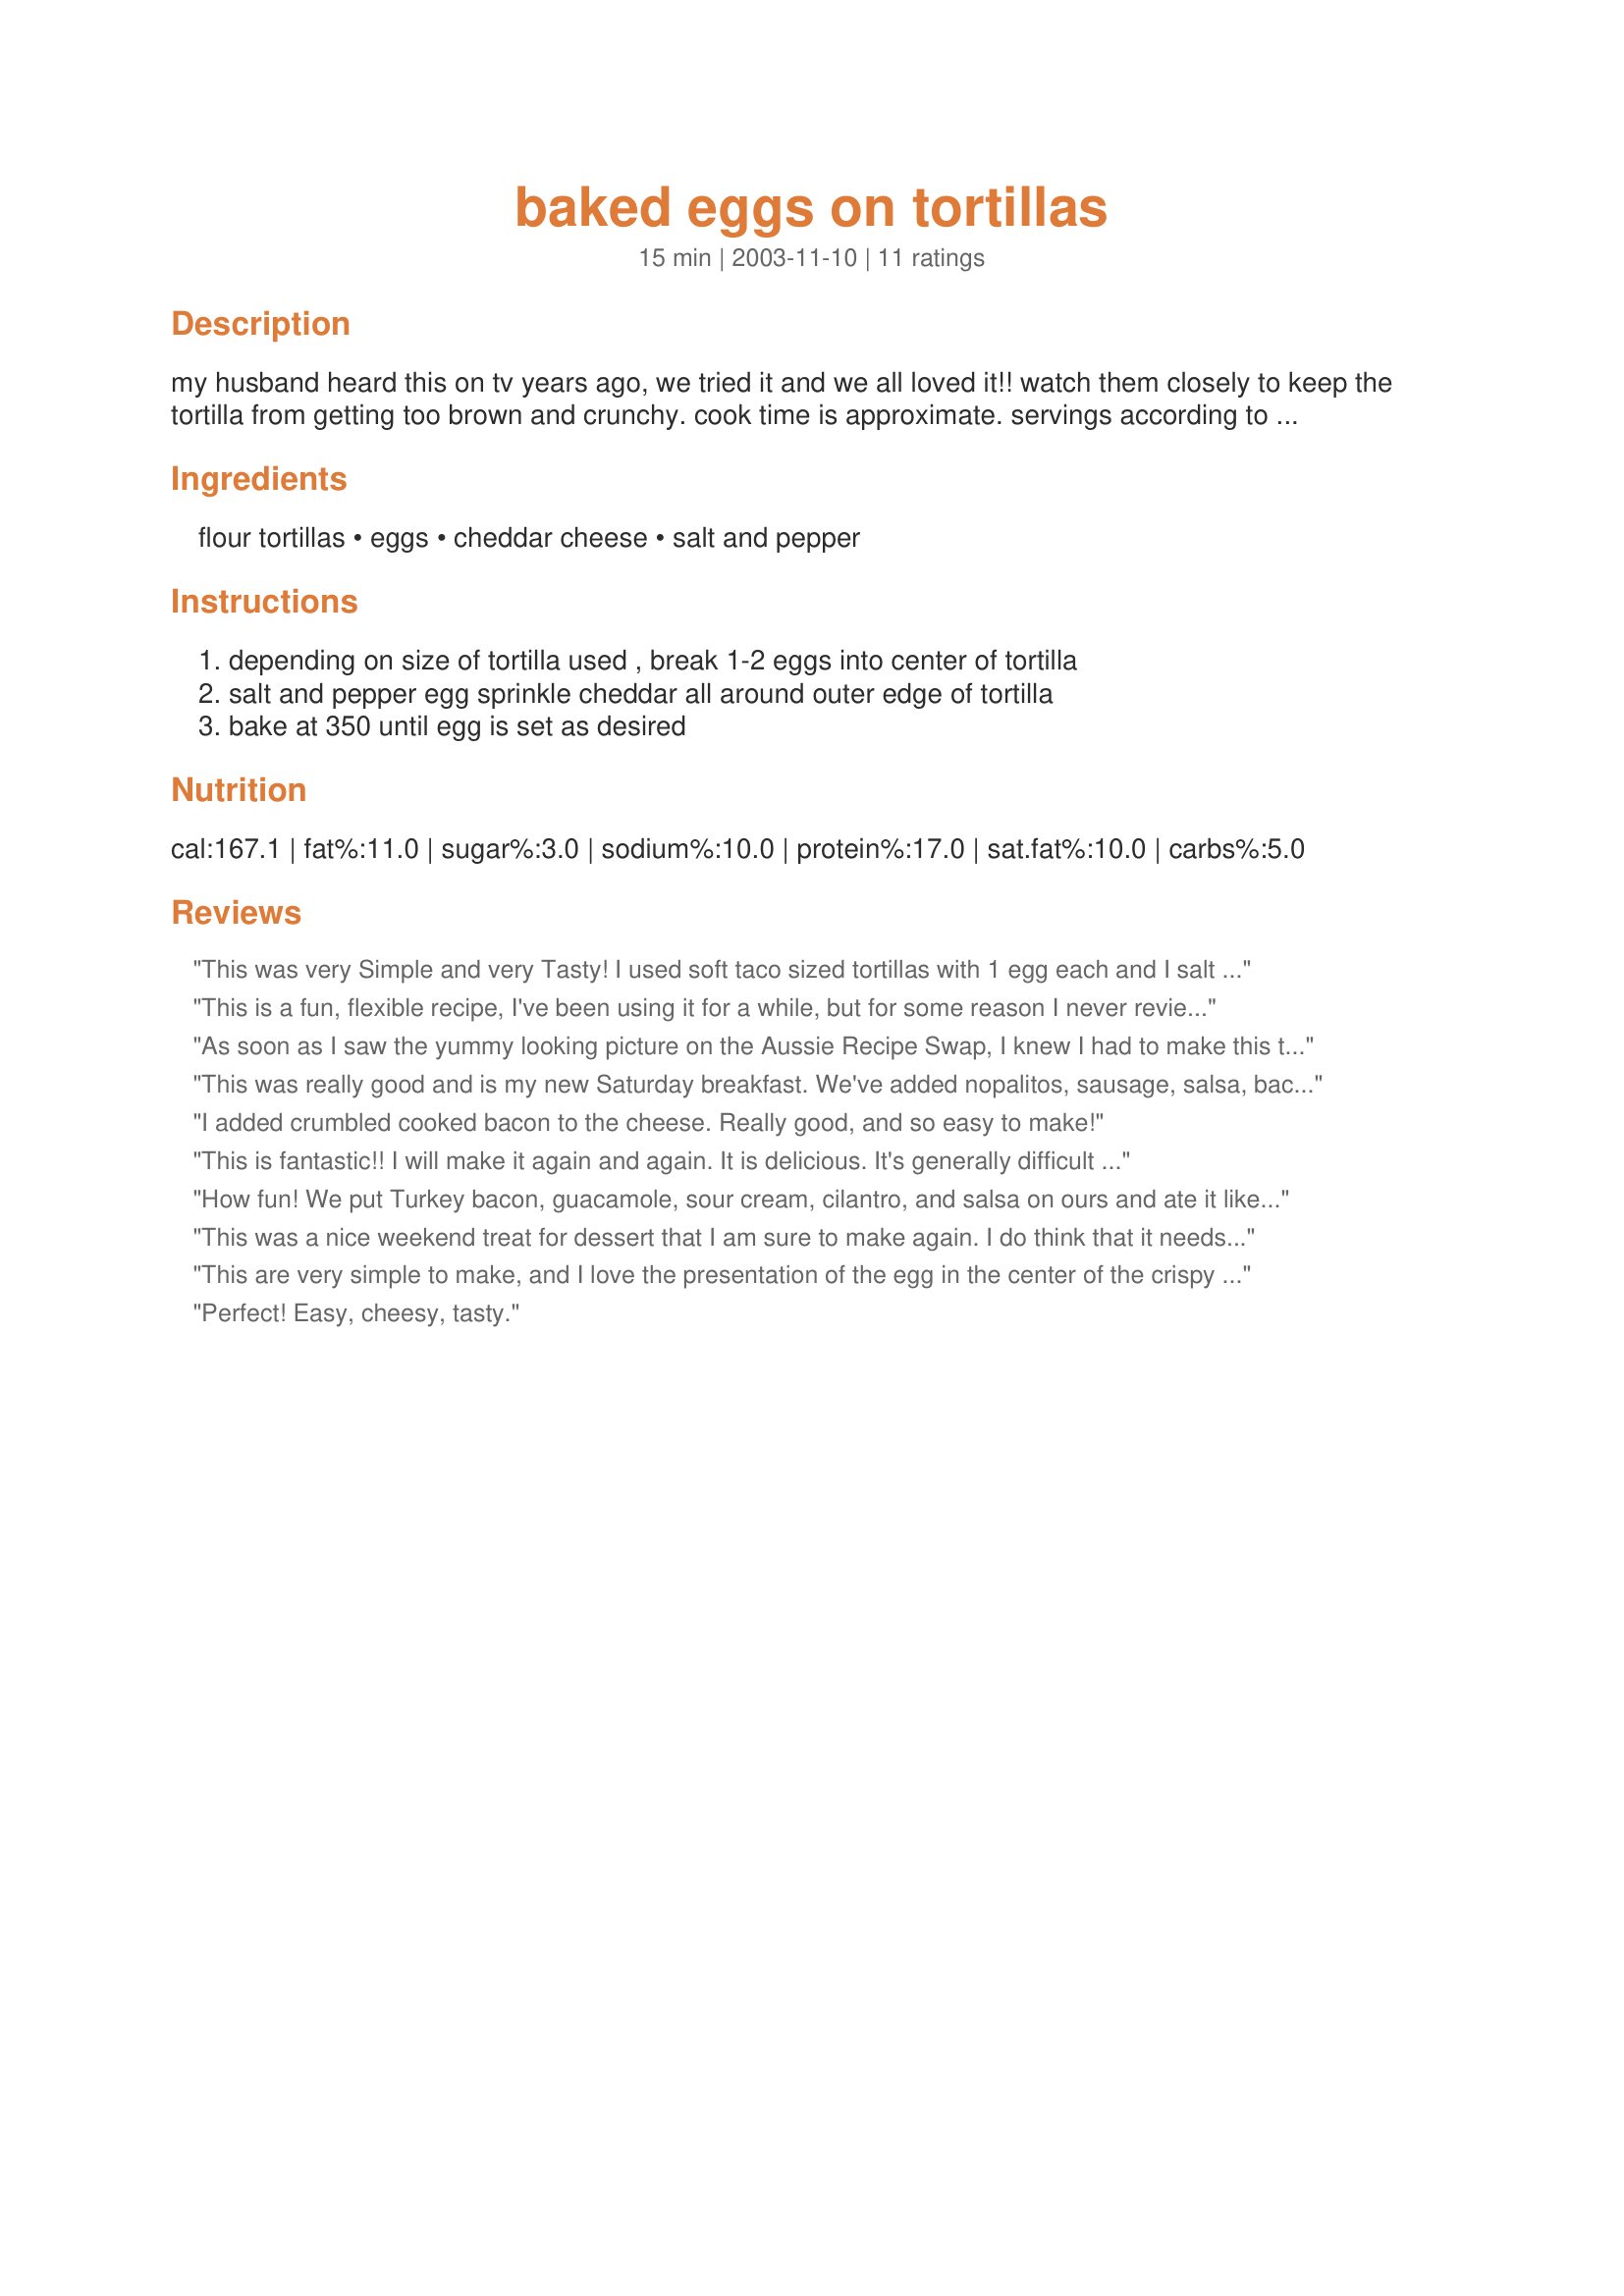
baked eggs on tortillas
Preparation time: 15 minutes

my husband heard this on tv years ago, we tried it and we all loved it!! watch them closely to keep the tortilla from getting too brown and crunchy. cook time is approximate. servings according to what you need

Ingredients:
flour tortillas, eggs, cheddar cheese, salt and pepper

Steps:
depending on size of tortilla used , break 1-2 eggs into center of tortilla, salt and pepper egg sprinkle cheddar all around outer edge of tortilla, bake at 350 until egg is set as desired

Reviews:
This was very Simple and very Tasty! I used soft taco sized tortillas with 1 egg each and I salt and peppered the eggs. I really really enjoyed this easy breakfast! Made for Random draw tag.
This is a fun, flexible recipe, I've been using it for a while, but for some reason I never reviewed it. I put salt, pepper, and a little fresh dill over the eggs before baking. I like to use whole wheat tortillas, and serve the baked eggs with salsa.
As soon as I saw the yummy looking picture on the Aussie Recipe Swap, I knew I had to make this today! It was so easy and incredibly tasty, that I knew it would be a regular weekend breakfast. I added co-jack cheese and real bacon bits, but I know that mushrooms, peppers, onions and anything else you'd put in an omelette would be great too. I baked mine for 11 minutes in a convection oven and it was the pefect soft-boiled type egg consistency. Thanks for sharing Earnhardt!
This was really good and is my new Saturday breakfast. We've added nopalitos, sausage, salsa, bacon or anything we have on hand that sounds good... It's great, thanks for sharing.
I added crumbled cooked bacon to the cheese. Really good, and so easy to make!
This is fantastic!! I will make it again and again. It is delicious. It's generally difficult to satisfy my craving for crunch--with eggs. But this is 100% satisfying. I did add (already cooked) torn bacon sprinkled over the eggs and toward the end, added minced chives and parsley. Terrific.
How fun! We put Turkey bacon, guacamole, sour cream, cilantro, and salsa on ours and ate it like a taco. It was awesome!!!! We cut up the turkey bacon right out of the package and it cooked on top right along with the egg. So easy! Thanks for a great weekend breakfast! UPDATE: 1/31/09 We have used this recipe often. I submitted another photo, this time using leftover Nacho fixings including taco meat. We love that you can put anything on these eggs and they come out so yummy! Thanks again for a great recipe.
This was a nice weekend treat for dessert that I am sure to make again. I do think that it needs a little more than just salt and pepper and cheddar and will try some turkey bacon and cilantro next time as well. I used a jalepeno corn tortilla and it added a nice hint of spice to the recipe. Thanks for posting!
This are very simple to make, and I love the presentation of the egg in the center of the crispy tortilla. Not quite as good as huevos rancheros, however, even though I did serve this with a little ranchera sauce and sliced jalapenos. One should be careful when watching the eggs for doneness as they are probably more cooked than they appear. Thanks for posting!
Perfect! Easy, cheesy, tasty.
So fun! It definitely is a recipe that needs pizzazz- and lots of additions. I stuck to the basic for my first time, but will definitely play with this recipe. I used a wheat/flax tortilla and 2 eggs, but should have used one- it was a little crowded! I baked in the oven for about 17 mins to get a hardboiled texture- I don't like runny eggs. Thanks for sharing.
